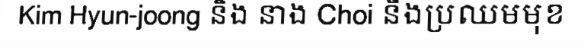
Kim Hyun-joong និង នាង Choi នឹងប្រឈមមុខ